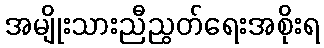
အမျိုးသားညီညွတ်ရေးအစိုးရ